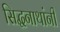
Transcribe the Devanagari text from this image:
सिद्धनाथांनी